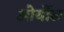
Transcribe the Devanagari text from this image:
ओर्योल